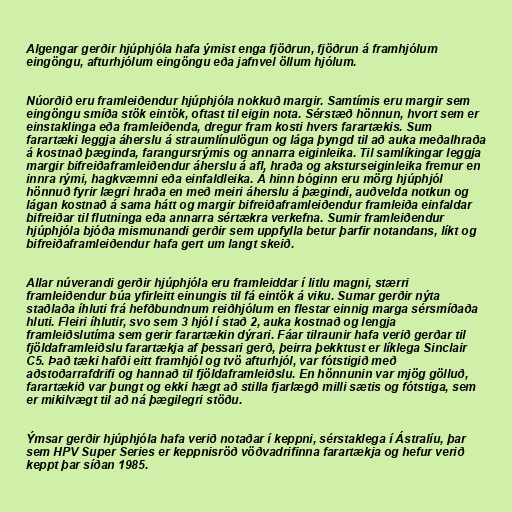
Algengar gerðir hjúphjóla hafa ýmist enga fjöðrun, fjöðrun á framhjólum
eingöngu, afturhjólum eingöngu eða jafnvel öllum hjólum.

Núorðið eru framleiðendur hjúphjóla nokkuð margir. Samtímis eru margir sem
eingöngu smíða stök eintök, oftast til eigin nota. Sérstæð hönnun, hvort sem er
einstaklinga eða framleiðenda, dregur fram kosti hvers farartækis. Sum
farartæki leggja áherslu á straumlínulögun og lága þyngd til að auka meðalhraða
á kostnað þæginda, farangursrýmis og annarra eiginleika. Til samlíkingar leggja
margir bifreiðaframleiðendur áherslu á afl, hraða og aksturseiginleika fremur en
innra rými, hagkvæmni eða einfaldleika. Á hinn bóginn eru mörg hjúphjól
hönnuð fyrir lægri hraða en með meiri áherslu á þægindi, auðvelda notkun og
lágan kostnað á sama hátt og margir bifreiðaframleiðendur framleiða einfaldar
bifreiðar til flutninga eða annarra sértækra verkefna. Sumir framleiðendur
hjúphjóla bjóða mismunandi gerðir sem uppfylla betur þarfir notandans, líkt og
bifreiðaframleiðendur hafa gert um langt skeið.

Allar núverandi gerðir hjúphjóla eru framleiddar í litlu magni, stærri
framleiðendur búa yfirleitt einungis til fá eintök á viku. Sumar gerðir nýta
staðlaða íhluti frá hefðbundnum reiðhjólum en flestar einnig marga sérsmíðaða
hluti. Fleiri íhlutir, svo sem 3 hjól í stað 2, auka kostnað og lengja
framleiðslutíma sem gerir farartækin dýrari. Fáar tilraunir hafa verið gerðar til
fjöldaframleiðslu farartækja af þessari gerð, þeirra þekktust er líklega Sinclair
C5. Það tæki hafði eitt framhjól og tvö afturhjól, var fótstigið með
aðstoðarrafdrifi og hannað til fjöldaframleiðslu. En hönnunin var mjög gölluð,
farartækið var þungt og ekki hægt að stilla fjarlægð milli sætis og fótstiga, sem
er mikilvægt til að ná þægilegri stöðu.

Ýmsar gerðir hjúphjóla hafa verið notaðar í keppni, sérstaklega í Ástralíu, þar
sem HPV Super Series er keppnisröð vöðvadrifinna farartækja og hefur verið
keppt þar síðan 1985.